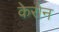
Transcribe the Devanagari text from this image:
केरोन